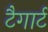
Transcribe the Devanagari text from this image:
टैगार्ट